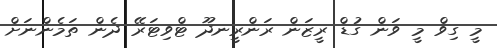
މީ ގިވް މީ ވަން ގުޑް ރީޒަން ރަންރީނދޫ ޓްވިޓަރޭ ދެން ތަމެންނަަށް